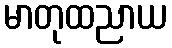
မာတုထညာယ